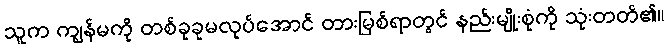
သူက ကျွန်မကို တစ်ခုခုမလုပ်အောင် တားမြစ်ရာတွင် နည်းမျိုးစုံကို သုံးတတ်၏။